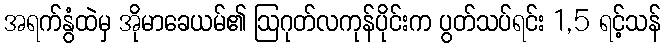
အရက်နွံထဲမှ အိုမာခေယမ်၏ ဩဂုတ်လကုန်ပိုင်းက ပွတ်သပ်ရင်း 1,5 ရင့်သန်